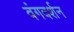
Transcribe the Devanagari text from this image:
वंगदर्शन